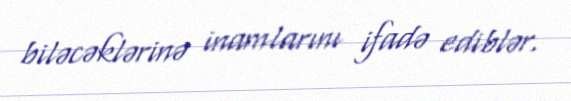
biləcəklərinə inamlarını ifadə ediblər.